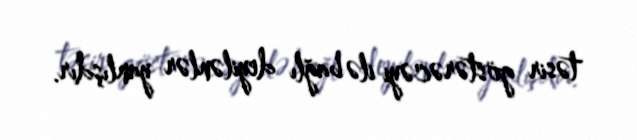
təsir göstərəcəyi ilə bağlı deyilənlər yanlışdır.